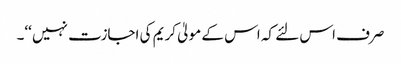
صرف اس لئے کہ اس کے مولیٰ کریم کی اجازت نہیں ‘‘۔